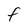
Character: F